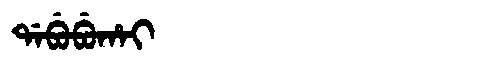
Manchu: ᡩᠠᠪᡠᠪᡠᡥᠠᡳ
Romanization: DABUBUHAI